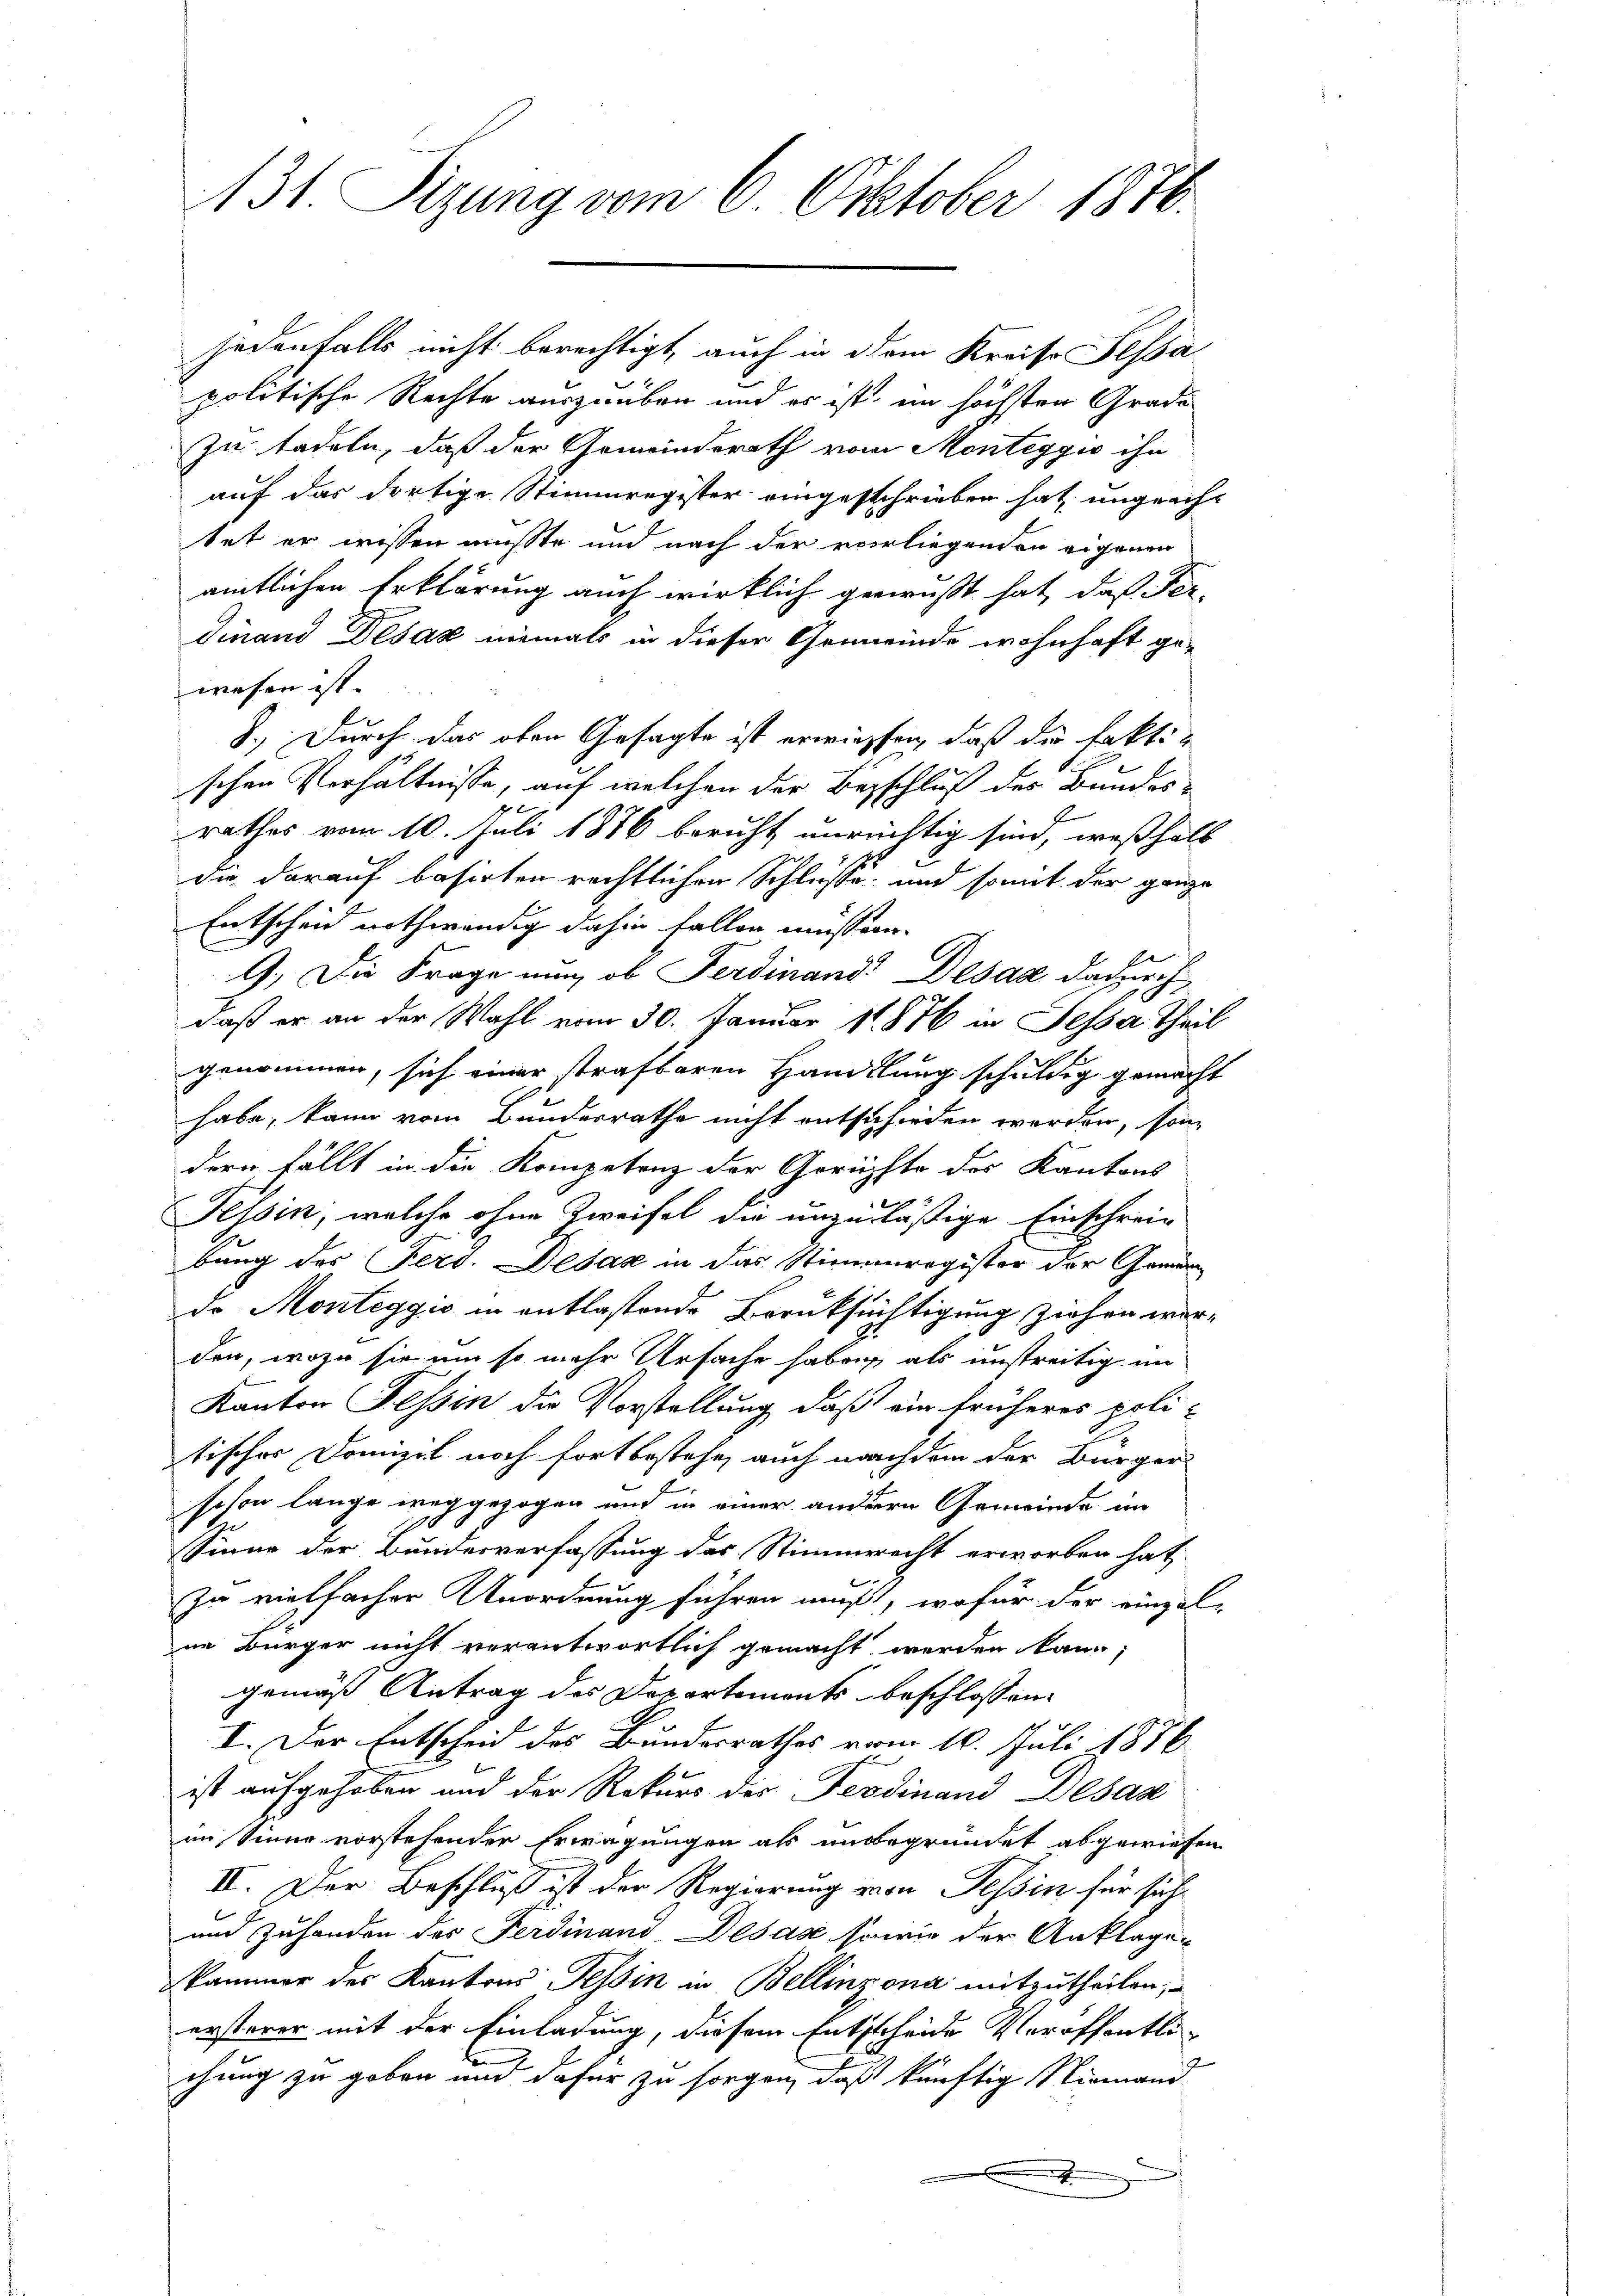
131. Sizung vom 6. Oktober 1876.

jedenfalls nicht berechtigt, auch in dem Kreise Fessa
politische Rechte auszuüben und es ist, im höchsten Grade
zu tadeln, daß der Gemeinderath vom Monteggio ihn
auf das dortige Stimmregister eingeschrieben hat ungeachtet er wissen müsste und nach der vorliegenden eigenen
amtlichen Erklärung auch wirklich gewußt hat, daß Fer-
dinand Desaz niemals in dieser Gemeinde wohnhaft ge-
wesen ist.
.
8.) Durch das oben Gesagte ist erwiessen, daß die faktischen Verhältnisse, auf welchen der Beschluß des Bundesrathes vom 10. Juli 1886 beruht unrechtig sind, weßhalb
die darauf basirten rechtlichen Schlüsse und somit der ganze
Entscheid nothwendig dahin fallen müssen.
9. Die Frage nun, ob Ferdinand Desaz dadurch
daß er an der Wahl vom 30. Januar 1876 in Fessa Theil
genommen, sich einer strafbaren Handlung schuldig gemacht
habe, kann vom Bunderrathe nicht entschieden werden, son
dern fällt in die Kompetenz der Gerichte des Kantons
e
Tessin, welche ohne Zweifel die unzuläßige Einschreie
bung des Ferd. Desaz in das Stimmregister der Gemeindo Monteggio in entlastende Berüksichtigung ziehen werden, wozu sie um so mehr Ursache haben, als unstreitig im
Kanton Tessin die Vorstellung, daß ein früheres poli-
tischer Domizil noch fortbestehe, auch nachdem der Bürger
schon lange weggezogen und in einer andern Gemeinde im
Sinne der Bundesverfassung des Stimmerecht erworben hat,
In vielfacher Unordnung führen muß, wofür der einzel-
ne Bürger nicht verantwortlich gemacht werden kann,
gemäß Antrag des Departements beschlossen:
e
I. Der Entscheid des Bundesrathes vom 10. Juli 1876
ist aufgehoben und der Rekurs der Ferdinand Desaz
im Sinne vorstehender Erwägungen als unbegründet abgewiesen
III. Der Beschluß ist der Regierung von Tessin für sich
und Zuhanden des Ferdinand Desaz sowie der Anklage
kammer des Kantons Tessin in Bellinzona mitzutheilen,
ersterer mit der Einladung, diesem Entscheide Veröffentli-
chung zu geben und dafür zu sorgen, daß künftig Niemand
e